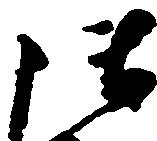
御